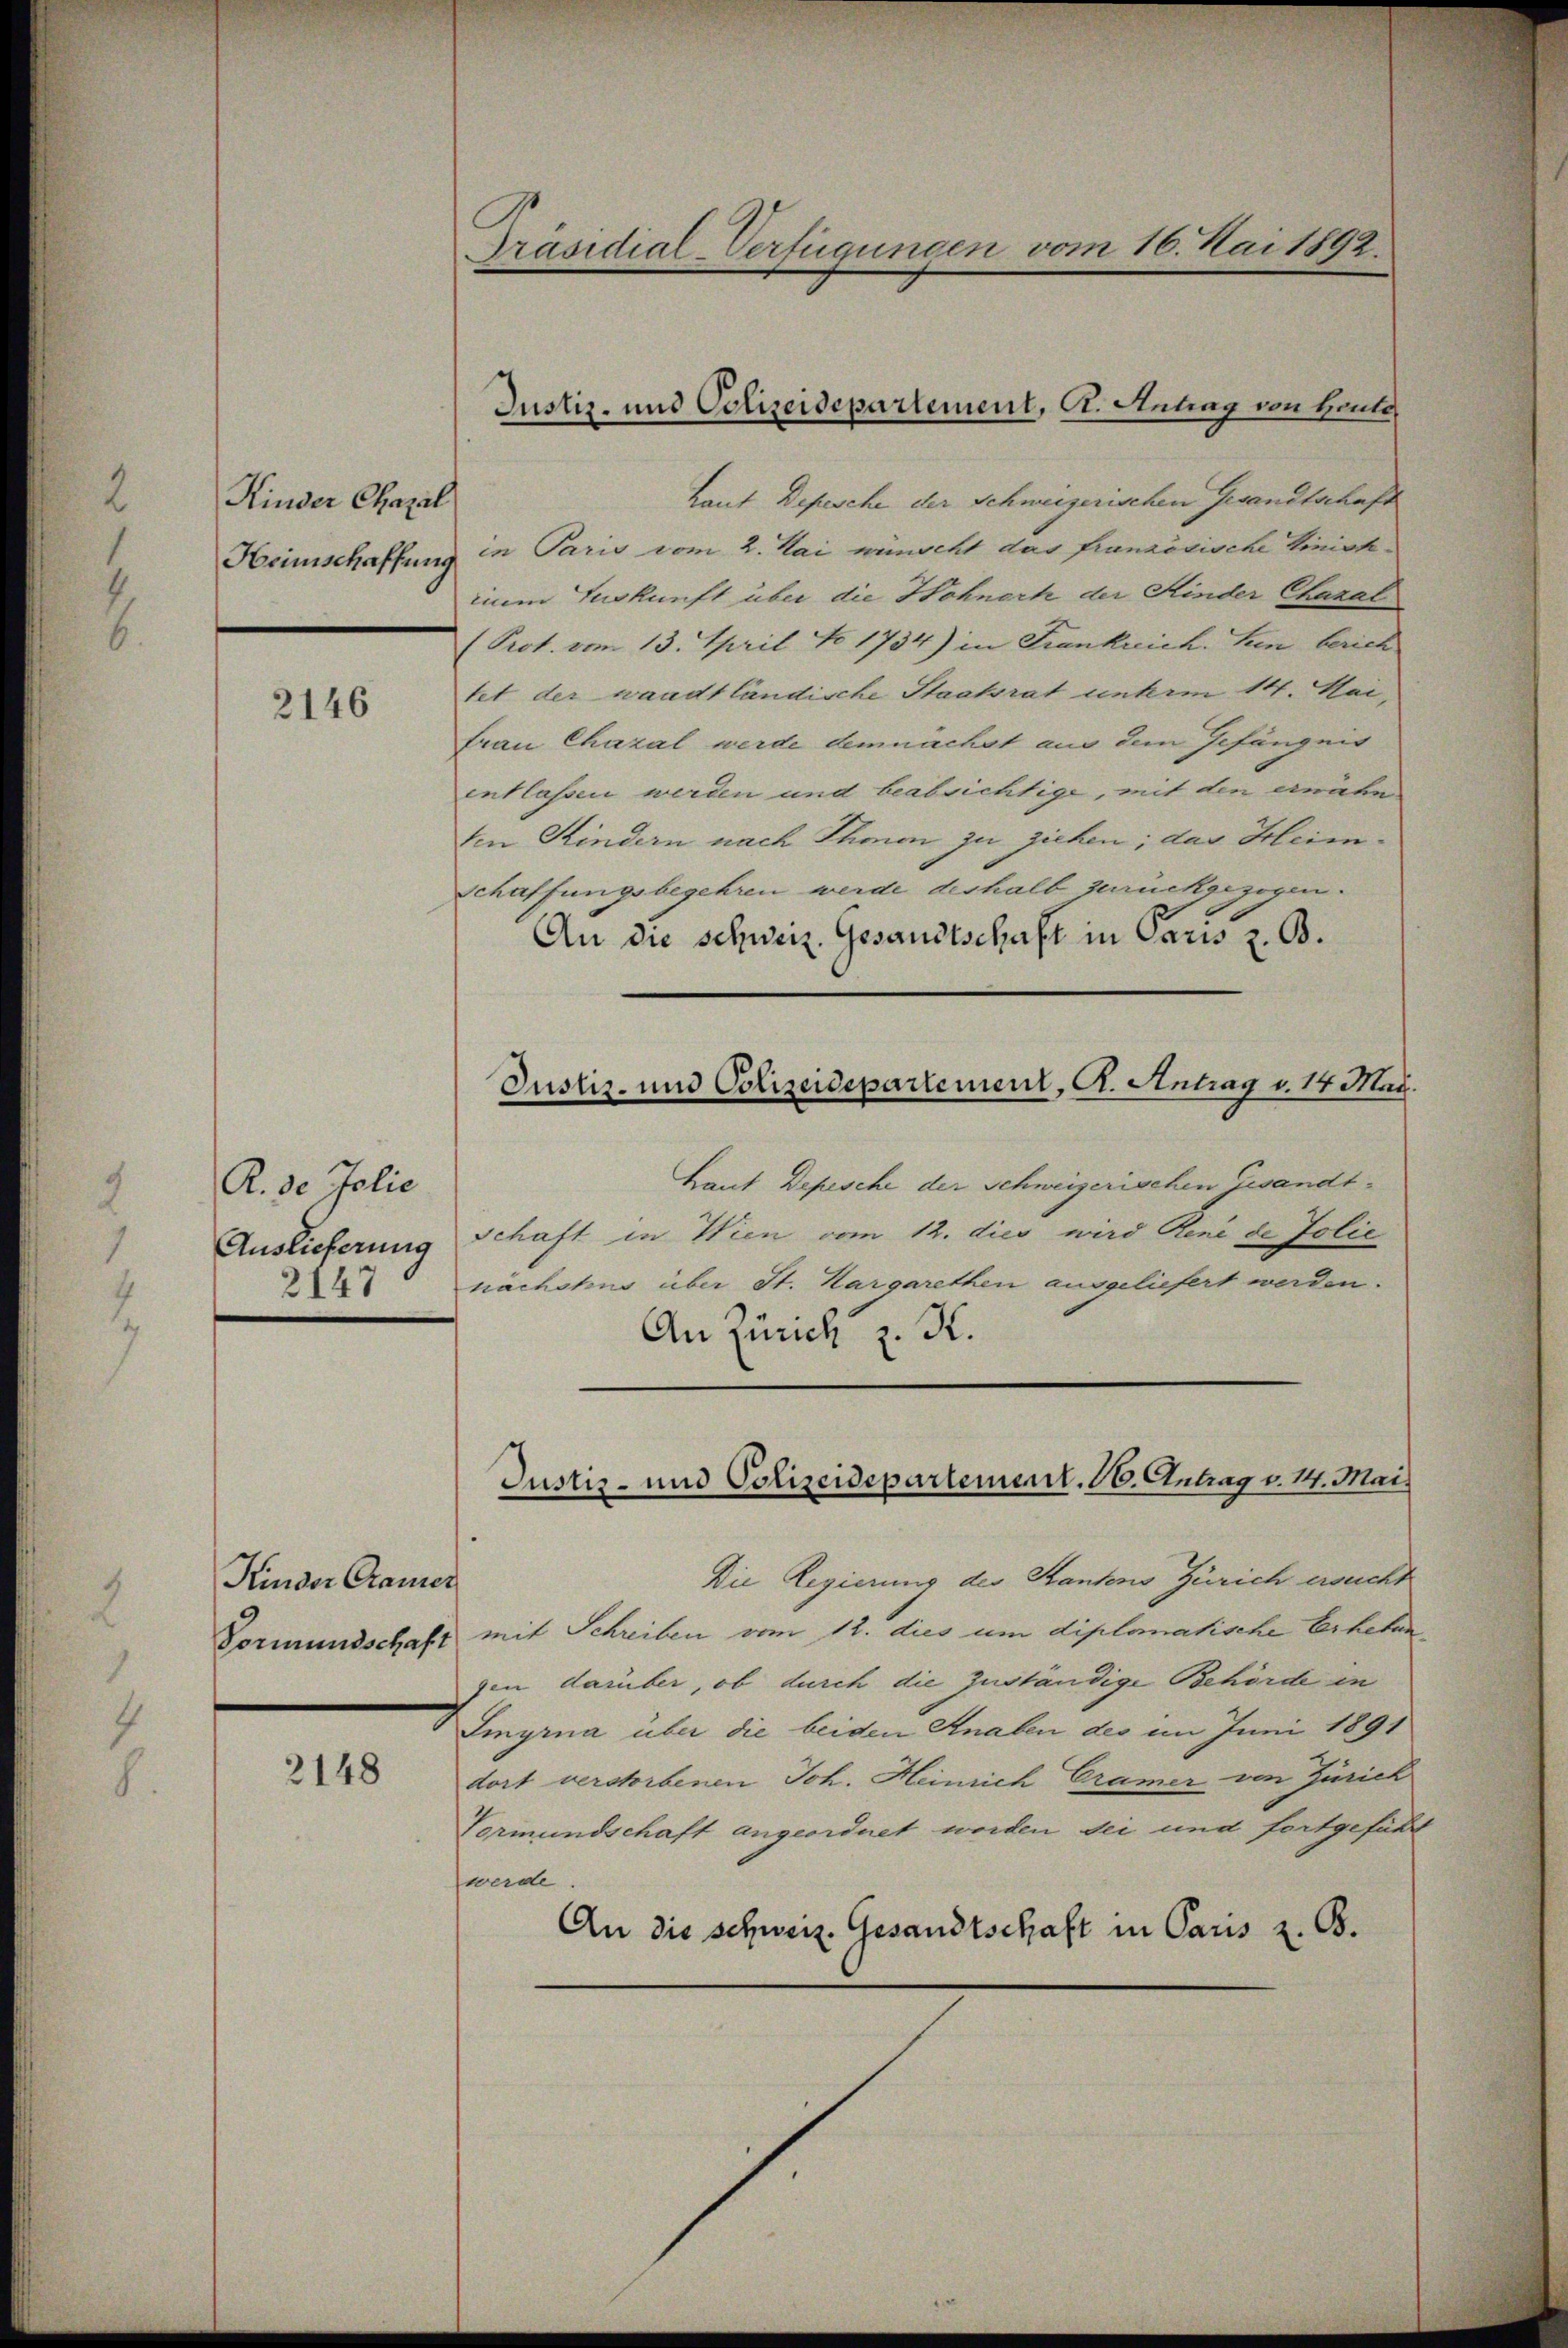
Kinder Chazel
Heimschaffung

2146

R. de Jolie
Auslieferung
2147

Kinder Caurer
Vormundschaft

2148

Präsidial-Verfügungen vom 16. Mai 1892.

Laut Depesche der Schweizerischen Gesandtschaft
in Paris vom 2. Mai wünscht das französische Vinist
iim Inkunft über die Hohnert der Kinder Chazal
(Prot. vom 13. April No 1734) in Frankreich. Sein berich
tet der waadt ländische Staatsrat unterm 14. Mai,
Frau Chazal werde demnachst aus dem Gefängnis
entlassen werden und beabsichtige, mit den erwähn
ten Kindern nach Ihmen zu ziehen; das Heimschaffungsbegehren werde deshalb zurückgezogen.
An die schweiz. Gesandtschaft in Paris z. B.
Haut Depesche der Schweizerischen Gesandt¬
Schaft in Wien vom 12. dies wird René de Jolić
nächstens über St. Kargarethen ausgeliefert werden.
An Zürich z. K.
Justiz- und Polizeidepartement. 16. Antrag v. 14. Mai
Die Regierung des Kantons Zürich ersucht
mit Schreiben vom 12. dies um diplomatische Erheben
gen darüber, ob durch die Zuständige Behörde in
Smyrna über die beiden Knaben des im Juni 1891
dort verstorbenen Joh. Heinrich Cramer von Zürich
Vormundschaft angeordnet worden sei und fortgefühl
fwerde
An die schweiz. Gesandtschaft in Paris z. B.

Justiz- und Polizeidepartement, A. Antrag von Heute,

Justiz- und Polizeidepartement, A. Antrag v. 14 Mai.